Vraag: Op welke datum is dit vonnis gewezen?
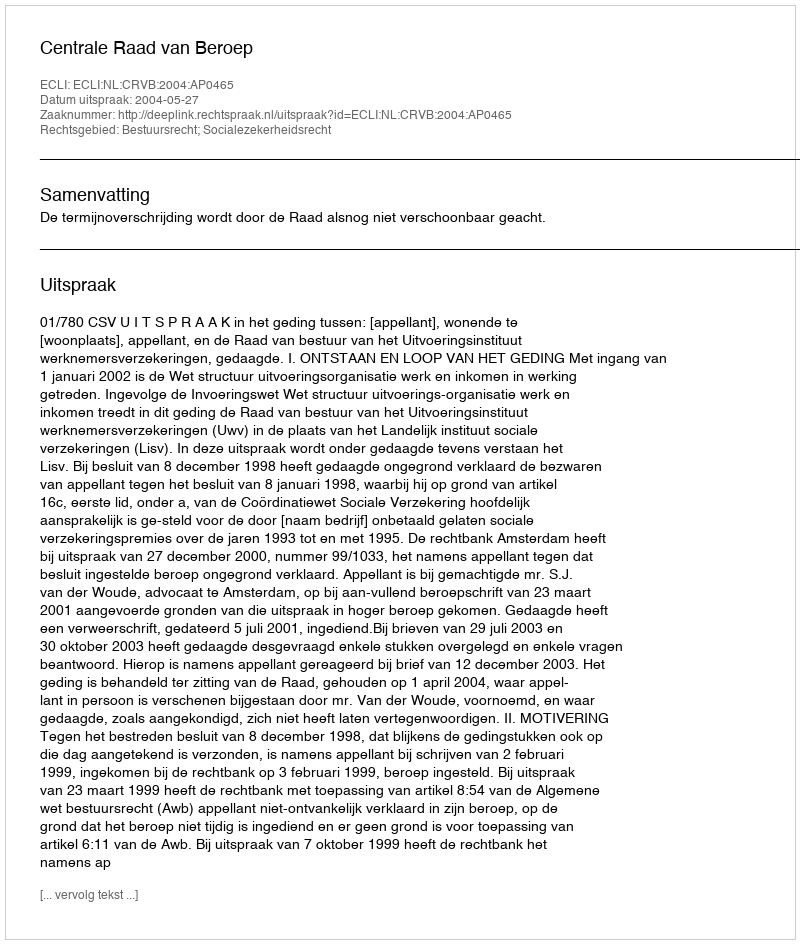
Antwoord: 2004-05-27